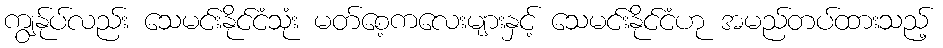
ကျွန်ုပ်လည်း သေမင်းနိုင်ငံသုံး မတ်စေ့ကလေးများနှင့် သေမင်းနိုင်ငံဟု အမည်တပ်ထားသည့်